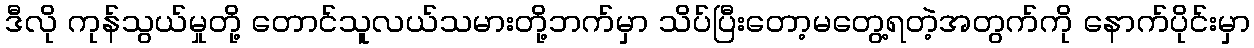
ဒီလို ကုန်သွယ်မှုတို့ တောင်သူလယ်သမားတို့ဘက်မှာ သိပ်ပြီးတော့မတွေ့ရတဲ့အတွက်ကို နောက်ပိုင်းမှာ